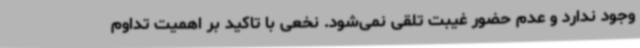
وجود ندارد و عدم حضور غیبت تلقی نمی‌شود. نخعی با تاکید بر اهمیت تداوم